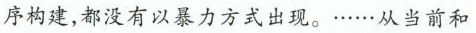
序构建，都没有以暴力方式出现。……从当前和